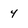
Character: 4